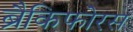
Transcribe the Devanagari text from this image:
ब्रैकिफोरस